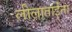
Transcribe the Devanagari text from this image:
लीलाताईंना